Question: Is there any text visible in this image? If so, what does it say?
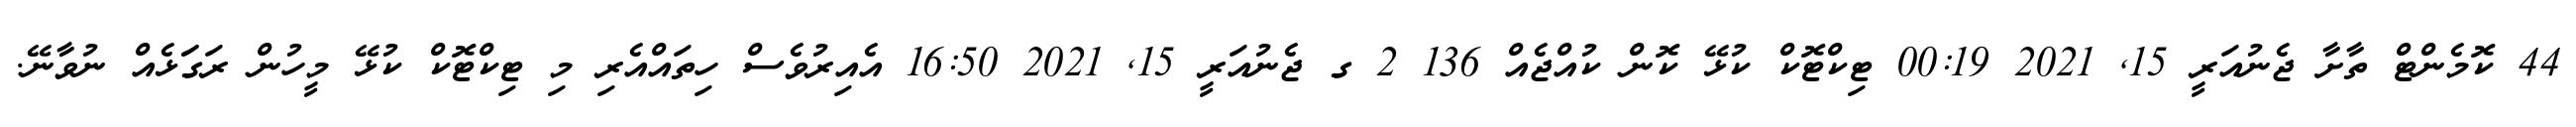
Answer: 44 ކޮމެންޓް ތާށާ ޖެނުއަރީ 15, 2021 00:19 ޓިކްޓޮކް ކުޅޭ ކޮން ކުއްޖެއް 136 2 ގ ޖެނުއަރީ 15, 2021 16:50 އެއިރުވެސް ހިތައްއެރި މި ޓިކްޓޮކް ކުޅޭ މީހުން ރަގަަޅެއް ނުވާނޭ.